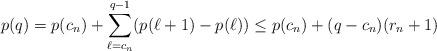
LaTeX: \begin{align*}p(q) = p(c_{n}) + \sum_{\ell=c_{n}}^{q-1} (p(\ell+1)-p(\ell)) \leq p(c_{n}) + (q - c_{n})(r_{n} + 1)\end{align*}